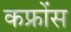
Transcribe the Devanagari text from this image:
कफ्रोंस